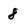
Character: 8